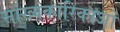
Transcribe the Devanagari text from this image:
सांख्यकारिकाओं